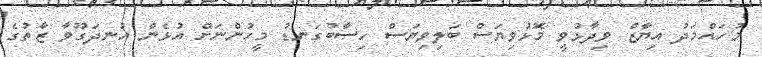
މުހައްމަދު އިޔާޒް ވިދާޅުވީ މޮޅުވިޔަސް ބަލިވިޔަސް ހިސާބުގަނޑު މީހުންނަށް އުޅެން އުނދަގޫވާ ޒާތުގެ